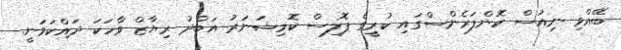
ބޭއްވި ނިއުސް ކޮންފަރެންސްގައި ކުރީގެ ޕޮލިސް ކޮމިޝަނަރު އަބްދު ރިޔާޒް ވާހަކަ ދައްކަވަނީ.